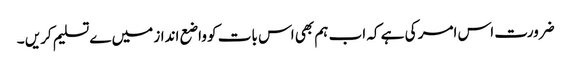
ضرورت اس امر کی ہے کہ اب ہم بھی اس بات کو واضع انداز میں ےتسلیم کریں ۔